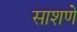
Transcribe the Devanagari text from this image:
साशणे